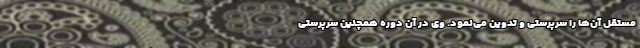
مستقل آن‌ها را سرپرستی و تدوین می‌نمود. وی در آن دوره همچنین سرپرستی